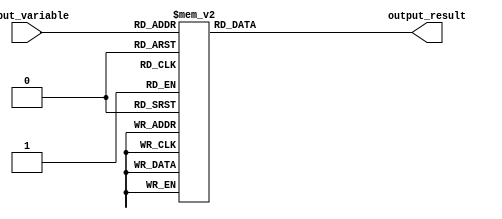
module Generate_Case(
    input wire [2:0] input_variable,
    output reg [3:0] output_result
);

always @*
begin
    case(input_variable)
        3'b000: output_result = 4'b0000;
        3'b001: output_result = 4'b0001;
        3'b010: output_result = 4'b0010;
        3'b011: output_result = 4'b0011;
        3'b100: output_result = 4'b0100;
        3'b101: output_result = 4'b0101;
        3'b110: output_result = 4'b0110;
        3'b111: output_result = 4'b0111;
    endcase
end

endmodule